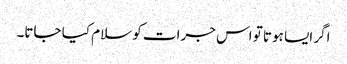
اگر ایسا ہوتا تو اس جرات کو سلام کیا جاتا۔